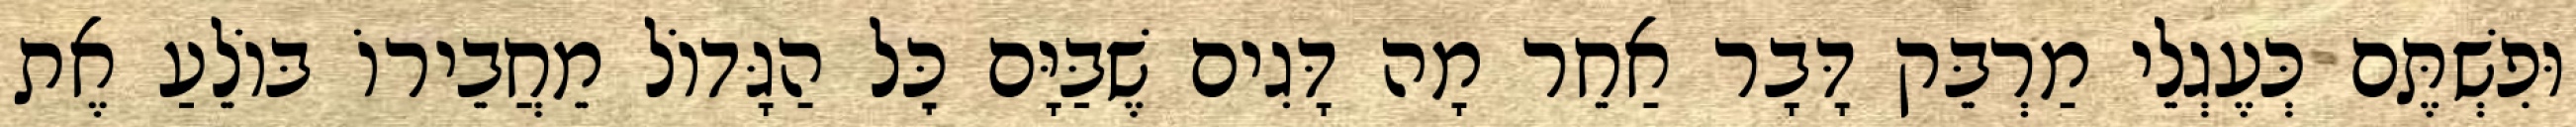
וּפִשְׁתֶּם כְּעֶגְלֵי מַרְבֵּק דָּבָר אַחֵר מָה דָּגִים שֶׁבַּיָּם כׇּל הַגָּדוֹל מֵחֲבֵירוֹ בּוֹלֵעַ אֶת